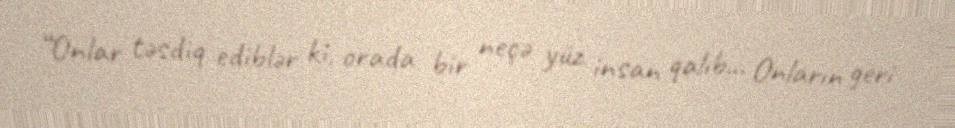
“Onlar təsdiq ediblər ki, orada bir neçə yüz insan qalıb... Onların geri